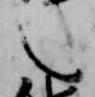
之